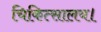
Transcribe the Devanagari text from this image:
चिकित्सालय।